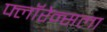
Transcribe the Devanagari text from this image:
फ्लॉरेन्सला